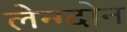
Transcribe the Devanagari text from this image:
लेन्ग्दोन